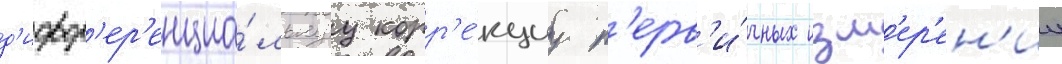
д'ифф'ер'енциа́льнуу корр'е́кциу п'ерв'и́чных изм'ер'ен'ии